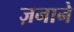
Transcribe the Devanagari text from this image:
ज़नाने